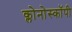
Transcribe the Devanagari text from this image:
क्लोनोस्कॉपी